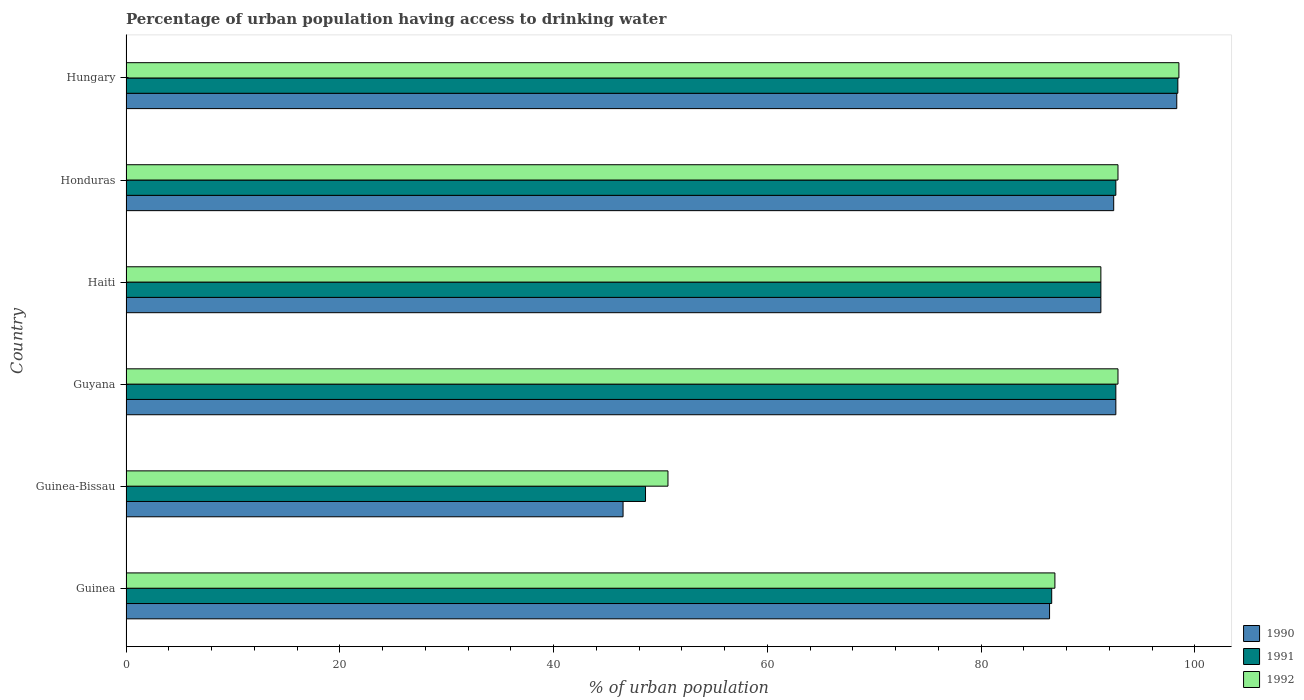
| Country | 1990 | 1991 | 1992 |
 | --- | --- | --- | --- |
 | Guinea | 86.4 | 86.6 | 86.9 |
 | Guinea-Bissau | 46.5 | 48.6 | 50.7 |
 | Guyana | 92.6 | 92.6 | 92.8 |
 | Haiti | 91.2 | 91.2 | 91.2 |
 | Honduras | 92.4 | 92.6 | 92.8 |
 | Hungary | 98.3 | 98.4 | 98.5 |